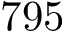
7 9 5